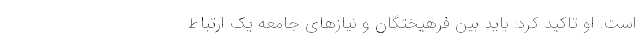
است. او تاکید کرد: باید بین فرهیختگان و نیاز‌های جامعه یک ارتباط